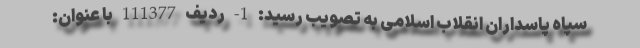
سپاه پاسداران انقلاب اسلامی به تصویب رسید: 1- ردیف 111377 با عنوان: